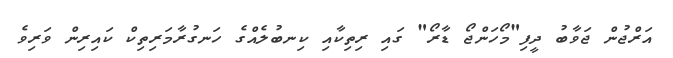
އަރްޖުން ޖަވާބު ދީފި"މޯހަންޖޯ ޑާރޯ" ގައި ރިތިކާއި ކިނބުލެއްގެ ހަނގުރާމަރިތިކް ކައިރިން ވަރިވެ